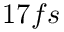
1 7 f s